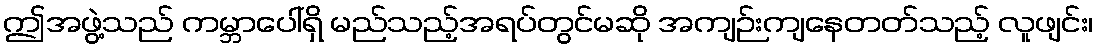
ဤအဖွဲ့သည် ကမ္ဘာပေါ်ရှိ မည်သည့်အရပ်တွင်မဆို အကျဉ်းကျနေတတ်သည့် လူဖျင်း၊